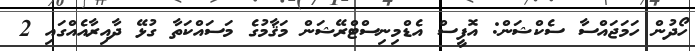
ހޯދުން ހަމަޖައްސާ ސެކްޝަން: އޮފީސް އެޑްމިނިސްޓްރޭޝަން މަޤާމުގެ މަސައްކަތާ ގުޅޭ ދާއިރާއެއްގައި 2